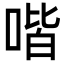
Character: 喈